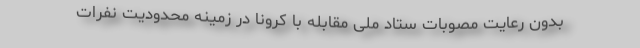
بدون رعایت مصوبات ستاد ملی مقابله با کرونا در زمینه محدودیت نفرات